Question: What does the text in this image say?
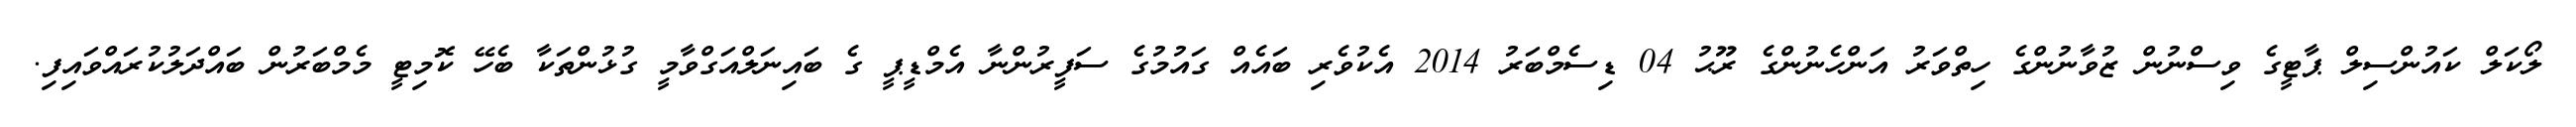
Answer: ލޯކަލް ކައުންސިލް ޕާޓީގެ ވިސްނުން ޒުވާނުންގެ ހިތްވަރު އަންހެނުންގެ ރޫޙު 04 ޑިސެމްބަރު 2014 އެކުވެރި ބައެއް ގައުމުގެ ސަފީރުންނާ އެމްޑީޕީ ގެ ބައިނަލްއަގްވާމީ ގުޅުންތަކާ ބެހޭ ކޮމިޓީ މެމްބަރުން ބައްދަލުކުރައްވައިފި.